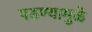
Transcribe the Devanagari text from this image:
पडण्यामुळे